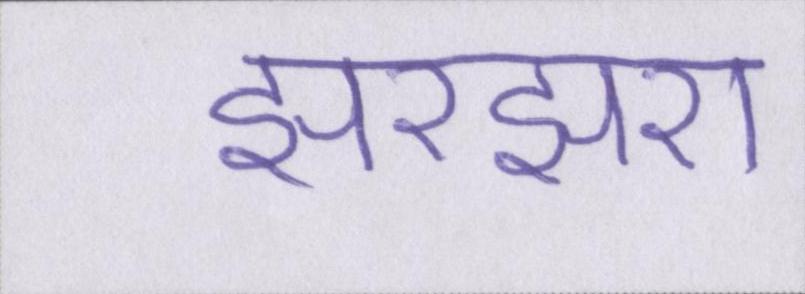
झरझरा